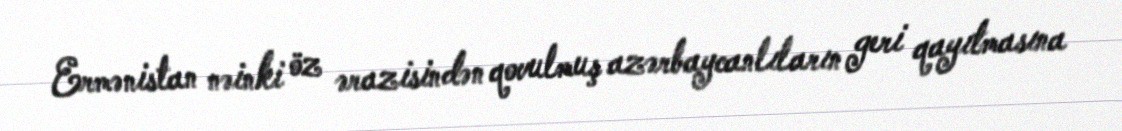
Ermənistan nəinki öz ərazisindən qovulmuş azərbaycanlıların geri qayıtmasına